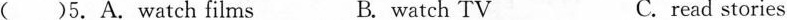
( )5.A. Watch films B. watch TV